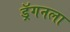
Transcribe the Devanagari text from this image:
ड्रॅगनला